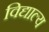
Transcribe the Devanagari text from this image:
विद्याल्य